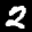
Label: 2